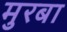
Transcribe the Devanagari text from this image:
मुरबा